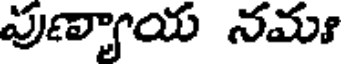
పుణ్యాయ నమః